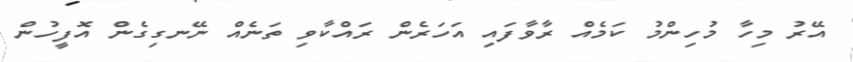
އޭރު މިހާ މުހިންމު ކަމެއް ރާވާފައި އަހަރެން ރައްކާވި ތަނެއް ނޭނގިގެން އޮފީހުން